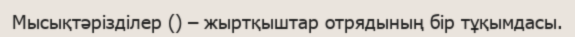
Мысықтәрізділер () – жыртқыштар отрядының бір тұқымдасы.